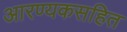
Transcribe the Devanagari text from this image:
आरण्यकसहित